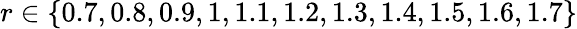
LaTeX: r\in\{ 0.7,0.8,0.9,1,1.1,1.2,1.3,1.4,1.5,1.6,1.7\}